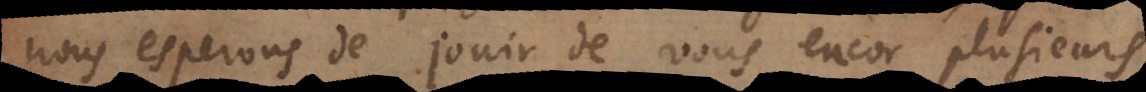
nous esperons de jouir de vous encor plusieurs